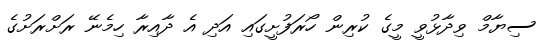
ސިޔާމް ވިދާޅުވީ މީގެ ކުރިން ހޯރަފުށީގައި އަދި އެ ދާއިރާ ހިމެނޭ ރަށްރަށުގެ